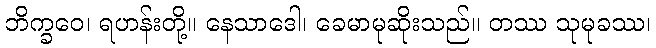
ဘိက္ခဝေ၊ ရဟန်းတို့။ နေသာဒေါ၊ ခေမာမုဆိုးသည်။ တဿ သုမုခဿ၊